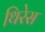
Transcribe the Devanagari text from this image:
थिरेस